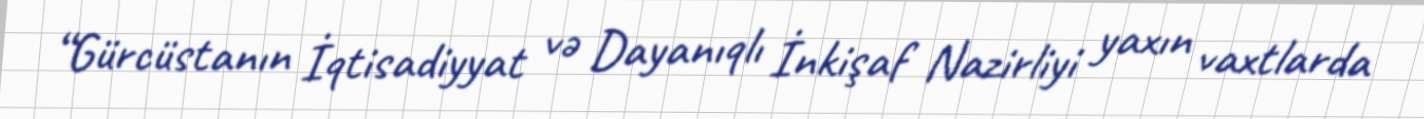
“Gürcüstanın İqtisadiyyat və Dayanıqlı İnkişaf Nazirliyi yaxın vaxtlarda